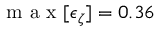
\mathrm { ~ m ~ a ~ x ~ } [ \epsilon _ { \zeta } ] = 0 . 3 6